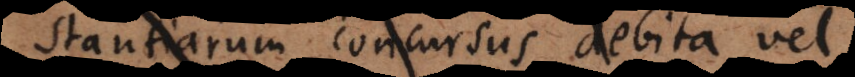
stantiarum concursus debita vel